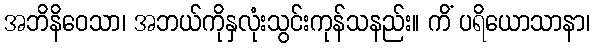
အဘိနိဝေသာ၊ အဘယ်ကိုနှလုံးသွင်းကုန်သနည်း။ ကိံ ပရိယောသာနာ၊